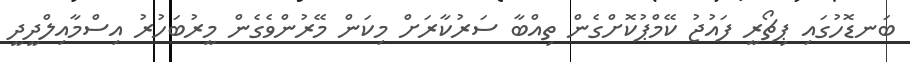
ބަނޑޮހުގައި ޕިޗޯރީ ފައުޖު ކޭމްޕުކޮށްގެން ތިއްބާ ސަރުކާރަށް މިކަން މޭރުންވެގެން މީރުބަހުރު އިސްމާއިލްދީދީ